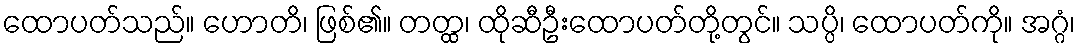
ထောပတ်သည်။ ဟောတိ၊ ဖြစ်၏။ တတ္ထ၊ ထိုဆီဦးထောပတ်တို့တွင်။ သပ္ပိ၊ ထောပတ်ကို။ အဂ္ဂံ၊